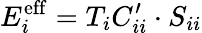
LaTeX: E_{i}^{\mathrm{eff}}=T_{i}C_{ii}^{\prime}\cdot S_{ii}